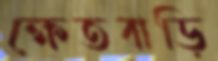
ক্ষেতবাড়ি